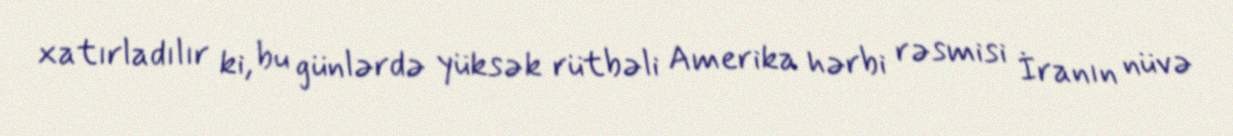
xatırladılır ki, bu günlərdə yüksək rütbəli Amerika hərbi rəsmisi İranın nüvə